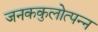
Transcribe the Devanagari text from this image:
जनककुलोत्पन्न